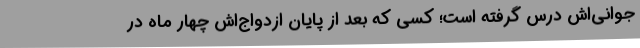
جوانی‌اش درس گرفته است؛ کسی که بعد از پایان ازدواج‌اش چهار ماه در